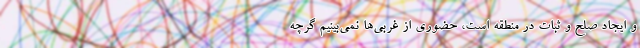
و ایجاد صلح و ثبات در منطقه است، حضوری از غربی‌ها نمی‌بینیم گرچه